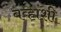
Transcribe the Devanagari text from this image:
बव्हांशी